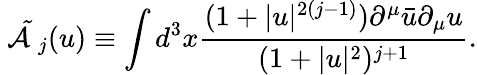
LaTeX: \mathrm{~\cal{\tilde{A}}~}_{j}(u)\equiv\int d^{3}x\frac{(1+|u|^{2(j-1)})\partial^{\mu}\bar{u}\partial_{\mu}u}{(1+|u|^{2})^{j+1}}.